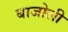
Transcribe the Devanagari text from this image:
बाजोली